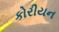
કોરીયન